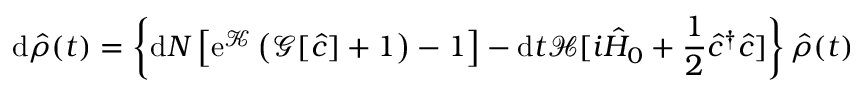
\mathrm { d } \hat { \rho } ( t ) = \left\{ \mathrm { d } N \left[ \mathrm { e } ^ { \mathcal { K } } \left( \mathcal { G } [ \hat { c } ] + 1 \right) - 1 \right] - \mathrm { d } t \mathcal { H } [ i \hat { H } _ { 0 } + \frac { 1 } { 2 } \hat { c } ^ { \dagger } \hat { c } ] \right\} \hat { \rho } ( t )